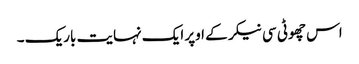
اس چھوٹی سی نیکر کے اوپر ایک نہایت باریک ۔